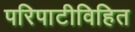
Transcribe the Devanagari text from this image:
परिपाटीविहित